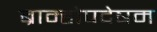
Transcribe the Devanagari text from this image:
ब्राम्होपदेषम